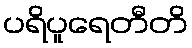
ပရိပူရေတီတိ